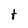
Character: t